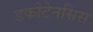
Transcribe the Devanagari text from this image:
डकोटेनसिस